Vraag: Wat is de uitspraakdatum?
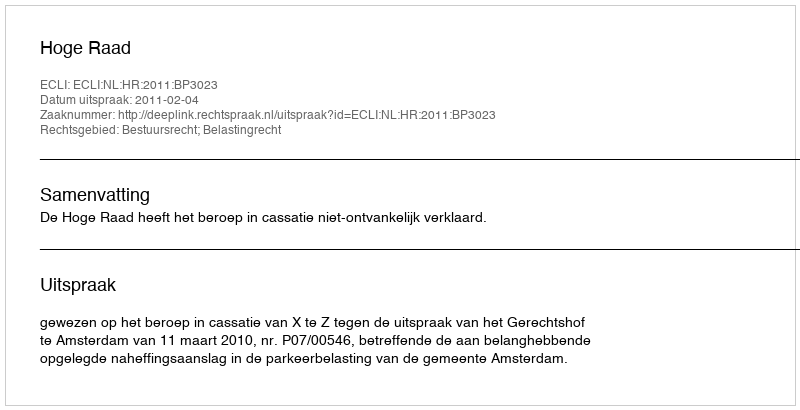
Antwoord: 2011-02-04